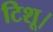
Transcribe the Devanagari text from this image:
टिशू।